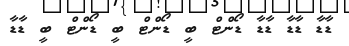
ޑާޑާ ޑާޑާ ޑާޑާ ޑޯންޓް ބީ ޑޯންޓް ބީ ޑޯންޓް ބީ ޑާޑާ